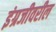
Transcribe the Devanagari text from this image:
इंग्रजीवरील